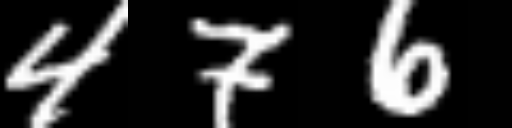
Text: 476